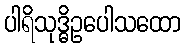
ပါရိသုဒ္ဓိဥပေါသထော